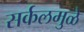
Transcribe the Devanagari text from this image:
सर्कलमुळे